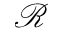
\mathcal { R }